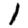
Digit: 1